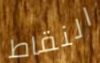
النقاط